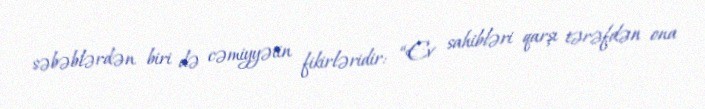
səbəblərdən biri də cəmiyyətin fikirləridir: “Ev sahibləri qarşı tərəfdən ona